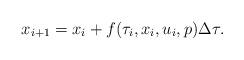
LaTeX: \begin{align*}x_{i+1} = x_i + f(\tau_i,x_i,u_i,p)\Delta\tau.\end{align*}